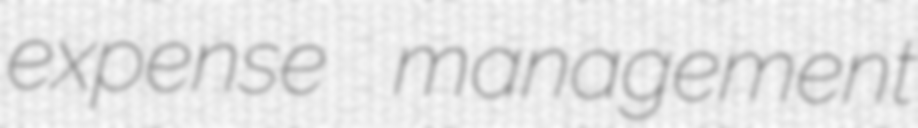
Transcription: expense management